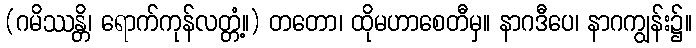
(ဂမိဿန္တိ၊ ရောက်ကုန်လတ္တံ့။) တတော၊ ထိုမဟာစေတီမှ။ နာဂဒီပေ၊ နာဂကျွန်း၌။